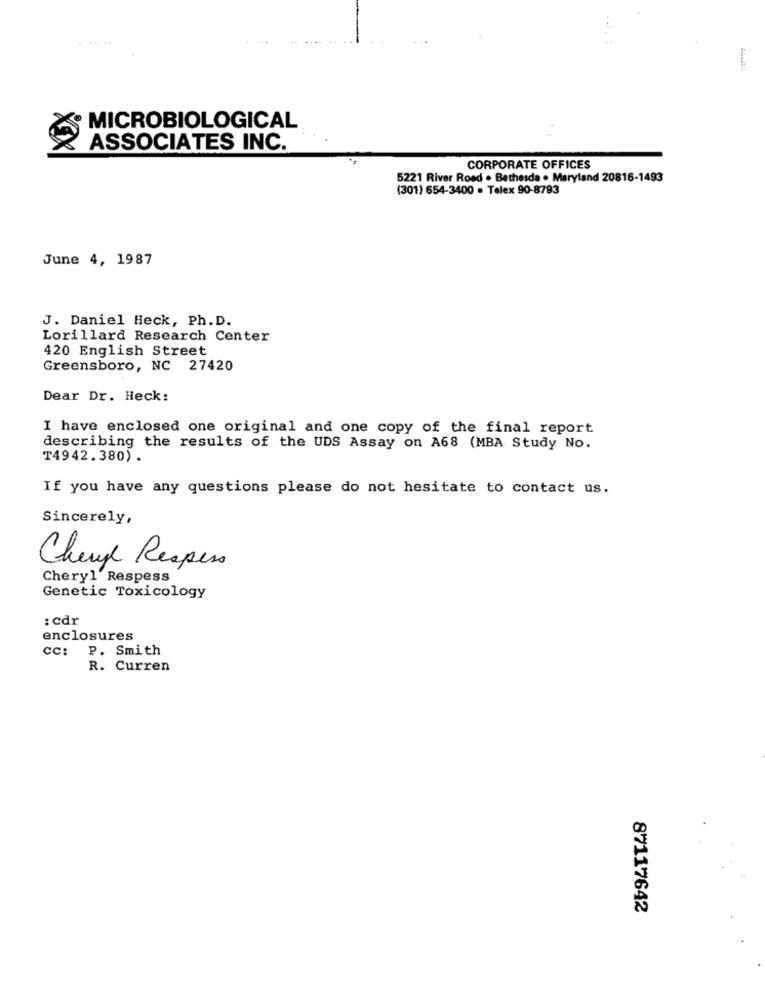
MICROBIOLOGICAL
ASSOCIATES INC.
CORPORATE OFFICES
5221 River Road . Bethesda . Maryland 20816-1493
(301) 654-3400 . Telex 90-8793
June 4, 1987
J. Daniel Heck, Ph. D.
Lorillard Research Center
420 English Street
Greensboro, NC 27420
Dear Dr. Heck:
I have enclosed one original and one copy of the final report
describing the results of the UDS Assay on A68 (MBA Study No.
T4942.380) .
If you have any questions please do not hesitate to contact us.
Sincerely,
Change Reapers
Cheryl Respess
Genetic Toxicology
: cdr
enclosures
CC: P. Smith
R. Curren
87117642